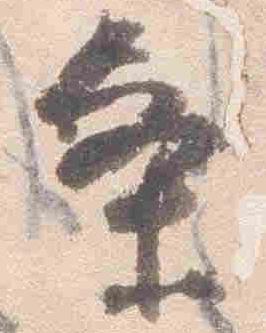
条